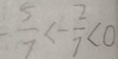
\frac { 5 } { 7 } < - \frac { 2 } { 7 } < 0